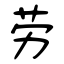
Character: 劳